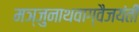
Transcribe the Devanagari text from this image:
मञ्जुनाथवाग्वैजयंती